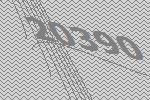
20390